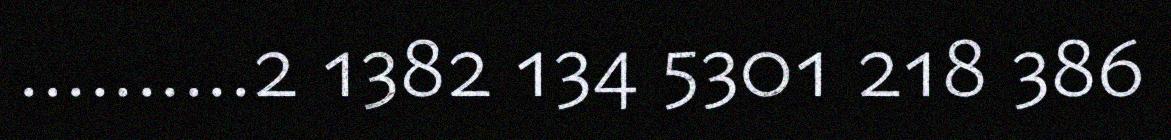
..........2 1382 134 5301 218 386